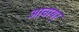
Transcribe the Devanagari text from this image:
आचायर्